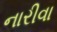
નારીવા